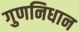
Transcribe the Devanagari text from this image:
गुणनिधान